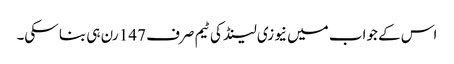
اس کے جواب میں نیوزی لینڈ کی ٹیم صرف 147 رن ہی بنا سکی۔